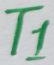
Text: T1